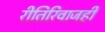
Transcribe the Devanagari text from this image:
रीतिरिवाजही